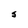
Character: S